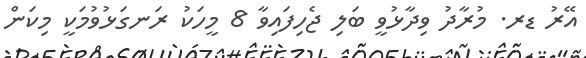
އޭރު ޑރ. މުރާދު ވިދާޅުވީ ބަލި ޖެހިފައިވާ 8 މީހަކު ރަނގަޅުވުމަކީ މިކަން